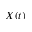
X ( t )